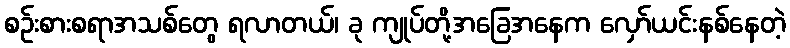
စဉ်းစားစရာအသစ်တွေ ရလာတယ်၊ ခု ကျုပ်တို့အခြေအနေက လှော်ယင်းနစ်နေတဲ့